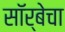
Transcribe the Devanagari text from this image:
सॉर्बेचा